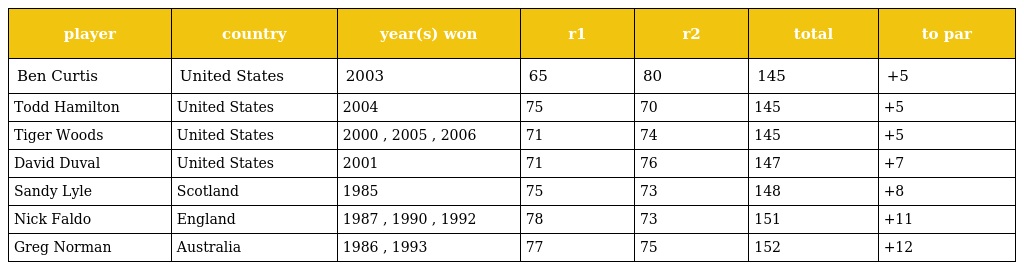
| player | country | year(s) won | r1 | r2 | total | to par |
 | --- | --- | --- | --- | --- | --- | --- |
 | Ben Curtis | United States | 2003 | 65 | 80 | 145 | +5 |
 | Todd Hamilton | United States | 2004 | 75 | 70 | 145 | +5 |
 | Tiger Woods | United States | 2000 , 2005 , 2006 | 71 | 74 | 145 | +5 |
 | David Duval | United States | 2001 | 71 | 76 | 147 | +7 |
 | Sandy Lyle | Scotland | 1985 | 75 | 73 | 148 | +8 |
 | Nick Faldo | England | 1987 , 1990 , 1992 | 78 | 73 | 151 | +11 |
 | Greg Norman | Australia | 1986 , 1993 | 77 | 75 | 152 | +12 |